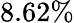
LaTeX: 8.62\%